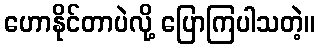
ဟောနိုင်တာပဲလို့ ပြောကြပါသတဲ့။